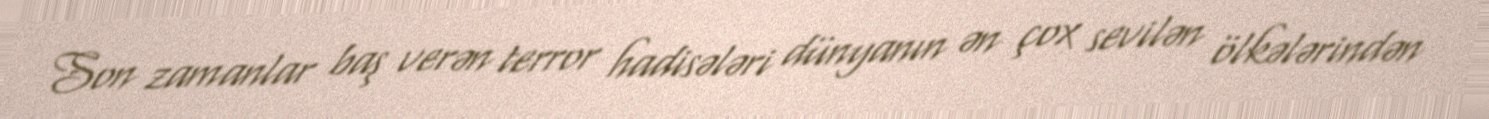
Son zamanlar baş verən terror hadisələri dünyanın ən çox sevilən ölkələrindən